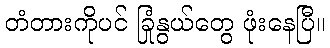
တံတားကိုပင် ခြုံနွယ်တွေ ဖုံးနေပြီ။